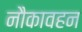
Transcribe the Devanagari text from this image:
नौकावहन